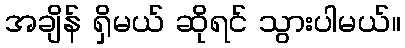
အချိန် ရှိမယ် ဆိုရင် သွားပါမယ်။